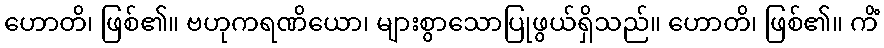
ဟောတိ၊ ဖြစ်၏။ ဗဟုကရဏိယော၊ များစွာသောပြုဖွယ်ရှိသည်။ ဟောတိ၊ ဖြစ်၏။ ကိံ